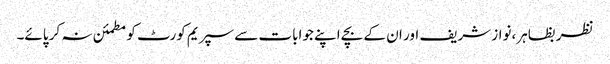
نظر بظاہر،نواز شریف اور ان کے بچے اپنے جوابات سے سپریم کورٹ کو مطمئن نہ کر پائے۔